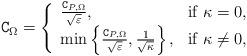
LaTeX: \begin{align*}\texttt{C}_{\Omega}=\left\{\begin{array}{ll}\frac{\texttt{C}_{P,\Omega}}{\sqrt{\varepsilon}}, & \textrm{if}~\kappa=0, \\\min\left\{\frac{\texttt{C}_{P,\Omega}}{\sqrt{\varepsilon}},\frac{1}{\sqrt{\kappa}}\right\}, & \textrm{if}~\kappa\neq 0,\end{array}\right.\end{align*}